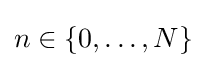
n\in \lbrace 0,\ldots ,N\rbrace